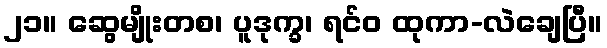
၂၁။ ဆွေမျိုးတစ၊ ပူဒုက္ခ၊ ရင်ဝ ထုကာ-လဲချေပြီ။